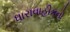
ધારાવાહીકનો